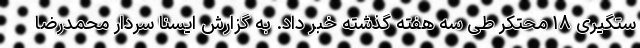
ستگیری ۱۸ محتکر طی سه هفته گذشته خبر داد. به گزارش ایسنا سردار محمدرضا